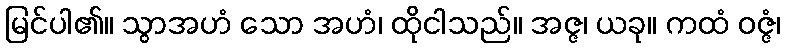
မြင်ပါ၏။ သွာအဟံ သော အဟံ၊ ထိုငါသည်။ အဇ္ဇ၊ ယခု။ ကထံ ဝဇ္ဇံ၊